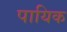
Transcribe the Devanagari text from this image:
पायिक